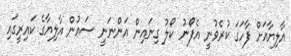
އާލިޔާއަށް ފާހަގަ ކުރެވުނީ އެފޯނު ކޯލު ގިނައިން އަންނަނީ ސައުން އާލިޔާގެ ކައިރީގައި